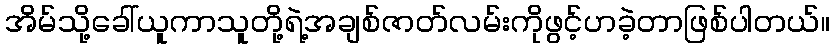
အိမ်သို့ခေါ်ယူကာသူတို့ရဲ့အချစ်ဇာတ်လမ်းကိုဖွင့်ဟခဲ့တာဖြစ်ပါတယ်။